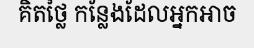
គិតថ្លៃ កន្លែងដែលអ្នកអាច